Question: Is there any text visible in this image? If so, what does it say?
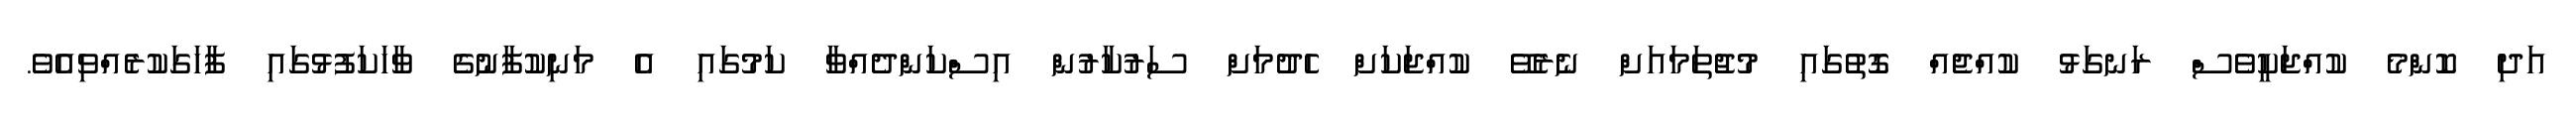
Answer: އަދި ކޮންމެ ކުއްޖަކީވެސް ރަނގަޅު ކުއްޖެއް ގޮތުގައި މުޖުތަމައަށް ނެރެވޭ ކުއްޖަކަށް ހެދުމަށް ސަރުކާރުން އިސްކަންދެއްވާ ކަމުގައި އެ މަނިކުފާނުގެ ވާހަކަފުޅުގައި ފާހަގަކުރެއްވިއެވެ.